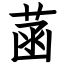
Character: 菡